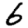
Digit: 6